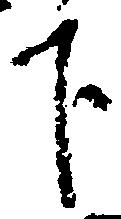
下